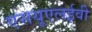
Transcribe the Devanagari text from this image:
एसयूएलईवी